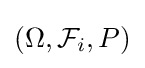
(\Omega ,{\mathcal {F}}_{i},P)